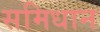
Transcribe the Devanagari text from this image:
समिधान